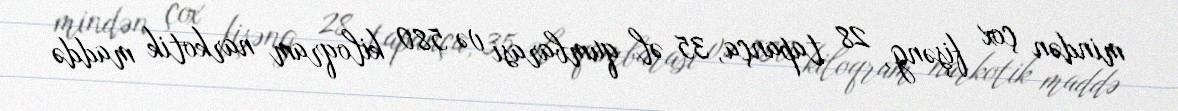
mindən çox fişəng, 28 tapança, 35 əl qumbarası və 580 kiloqram narkotik maddə